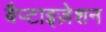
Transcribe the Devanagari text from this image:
बैप्टाइज़ेशन